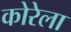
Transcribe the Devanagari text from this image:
कोरेला